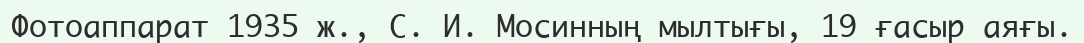
Фотоаппарат 1935 ж., С. И. Мосинның мылтығы, 19 ғасыр аяғы.